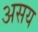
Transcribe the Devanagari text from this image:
असय